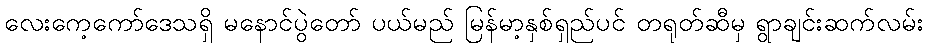
လေးကေ့ကော်ဒေသရှိ မနောင်ပွဲတော် ပယ်မည် မြန်မာ့နှစ်ရှည်ပင် တရုတ်ဆီမှ ရွာချင်းဆက်လမ်း